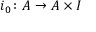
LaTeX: i _ { 0 } \colon A \to A \times I